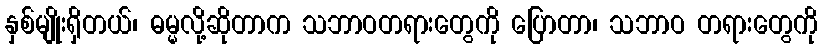
နှစ်မျိုးရှိတယ်၊ ဓမ္မလို့ဆိုတာက သဘာဝတရားတွေကို ပြောတာ၊ သဘာဝ တရားတွေကို